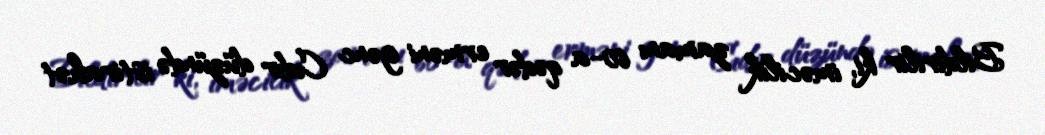
Bildirilir ki, iməcilik zamanı 60-a qədər erməni gənc Cıdır düzündə istirahət